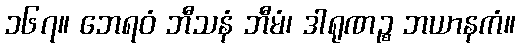
၁၆၇။ ဘေရဝံ ဘီသနံ ဘီမံ၊ ဒါရုဏဉ္စ ဘယာနကံ။